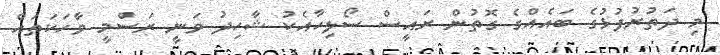
މި ދަތުރުފުޅުގެ ބައެއްގެ ގޮތުން ރައީސް ސޯލިހާއެކު ޝާހިދު ވަނީ ރަސްމީ ވާހަކަތައް